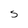
Character: S